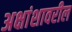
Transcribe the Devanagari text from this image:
अक्षांशावरील